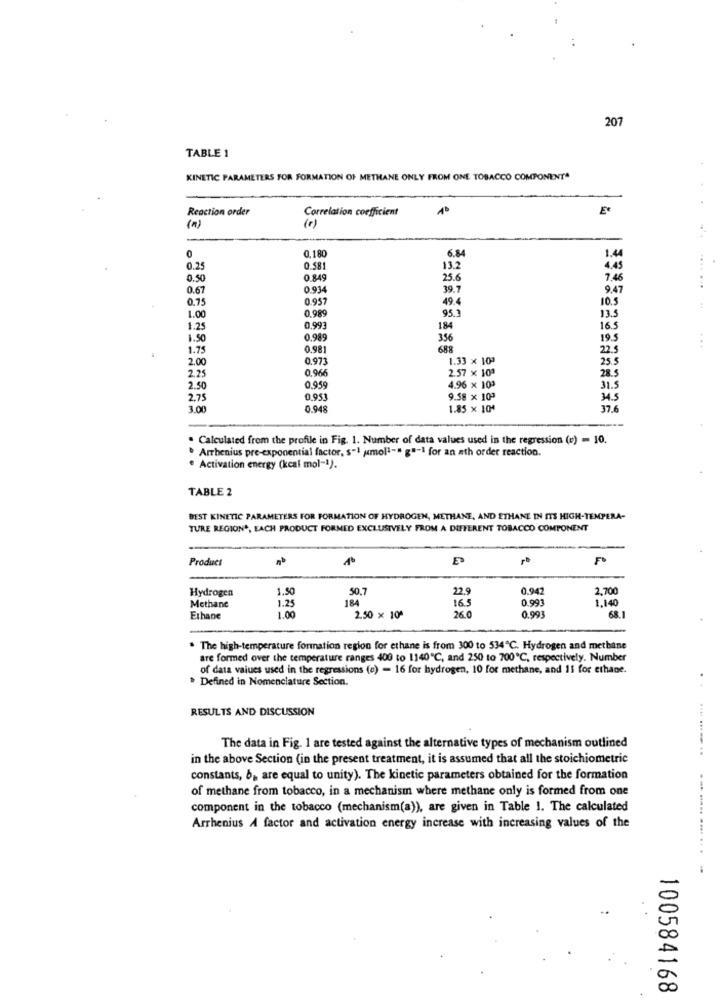
207
TABLE 1
KINETIC PARAMETERS FOR FORMATION OF METHANE ONLY FROM ONE TOBACCO COMPONENT"
Reaction order
Correlation coefficient
1
(n)
(c)
0
0,18
6.84
1.44
0.25
0.581
13.2
4.45
0.50
0 84
25.6
7,46
0.67
0.934
39.7
9.41
0.75
0.957
49.4
10.5
1.00
0.989
95.3
13.5
1.25
0.993
184
16.5
1.50
0.989
356
195
1.75
0.981
688
22.5
2.00
0.973
1.33 × 10ª
25.5
2.25
0,966
2.57 x 10ª
28.5
2.50
0.959
4.96 x 103
31.5
2.75
0.953
9.58 x 10ª
34.5
3.00
0.948
1.85 x 104
37.6
. Calculated from the profile in Fig. 1. Number of data values used in the regression (v) - 10.
" Arrhenius pre-exponential factor, s-1 (mol"-" g"-1 for an ath order reaction.
· Activation energy (kcal mol-1).
TABLE 2
BEST KINETIC PARAMETERS FOR FORMATION OF HYDROGEN, METHANE, AND ETHANE IN ITS HIGH-TEMPERA-
TURE REGION *, EACH PRODUCT FORMED EXCLUSIVELY FROM A DIFFERENT TOBACCO COMPONENT
Product
Hydrogen
1.50
50.7
0.942
2,700
1.25
184
22.9
0.993
1.140
Methane
16.5
Ethane
1.00
2.50 × 10ª
26.0
0.993
68.
. The high-temperature formation region for ethane is from 300 to 534℃. Hydrogen and methane
are formed over the temperature ranges 400 to 1140℃, and 250 to 700℃, respectively. Number
of data values used in the regressions (e) = 16 for hydrogen, 10 for methane, and 11 for ethane.
Defined in Nomenclature Section.
RESULTS AND DISCUSSION
The data in Fig. 1 are tested against the alternative types of mechanism outlined
in the above Section (in the present treatment, it is assumed that all the stoichiometric
constants, b, are equal to unity). The kinetic parameters obtained for the formation
of methane from tobacco, in a mechanismn where methane only is formed from one
component in the tobacco (mechanism(a)), are given in Table 1. The calculated
Arrhenius A factor and activation energy increase with increasing values of the
. ... ..... .... ...
100584168